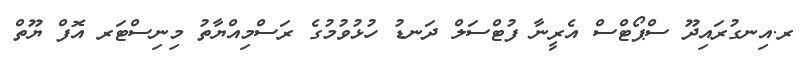
ރ.އިނގުރައިދޫ ސްޕޯޓްސް އެރީނާ ފުޓްސަލް ދަނޑު ހުޅުވުމުގެ ރަސްމިއްޔާތު މިނިސްޓަރ އޮފް ޔޫތް